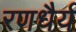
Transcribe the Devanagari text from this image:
रणधैर्य